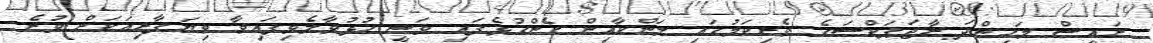
ރައީސް މަހިންދަ ރާޖަޕަކްސަގެ ވެރިކަމުގައި ލަންކާއިން ގެންގުޅެފައި ވަނީ ހުޅުވާލެވިފައިވާ ވިޔަފާރިއަކަށް ވުރެ